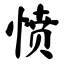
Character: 愤